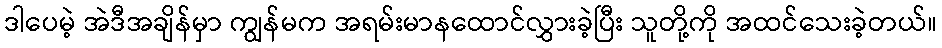
ဒါပေမဲ့ အဲဒီအချိန်မှာ ကျွန်မက အရမ်းမာနထောင်လွှားခဲ့ပြီး သူတို့ကို အထင်သေးခဲ့တယ်။